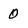
Character: 0